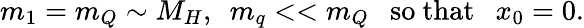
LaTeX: m_{1}=m_{Q}\sim M_{H},~~m_{q}<<m_{Q}~~~\mathrm{so~that}~~~x_{0}=0.